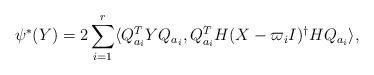
LaTeX: \begin{align*}\psi^*(Y) =2\displaystyle \sum_{i=1}^{r} \langle Q^T_{a_i}YQ_{a_i}, Q_{a_i}^TH(X-\varpi_iI)^{\dag}HQ_{a_i} \rangle, \end{align*}